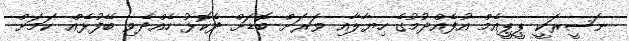
ނަސީރަކީ ޕީޕީއެމް އުފެއްދުމުގެ ހިޔާލާއި ވަރަށް ބޮޑަށް ދެކޮޅު ހެއްދެވި ބޭފުޅެއް ކަމަށް